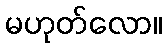
မဟုတ်လော။